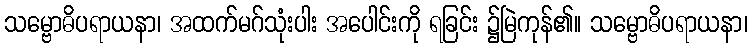
သမ္ဗောဓိပရာယနာ၊ အထက်မဂ်သုံးပါး အပေါင်းကို ရခြင်း ၌မြဲကုန်၏။ သမ္ဗောဓိပရာယနာ၊